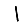
Digit: 1